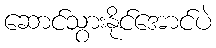
ဆောင်သွားနိုင်အောင်ပဲ